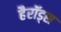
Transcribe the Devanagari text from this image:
हैरॉड्स